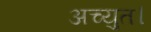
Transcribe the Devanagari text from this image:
अच्युत।